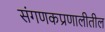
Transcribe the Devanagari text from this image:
संगणकप्रणालीतील